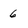
Character: 6